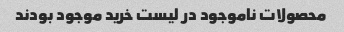
محصولات ناموجود در لیست خرید موجود بودند